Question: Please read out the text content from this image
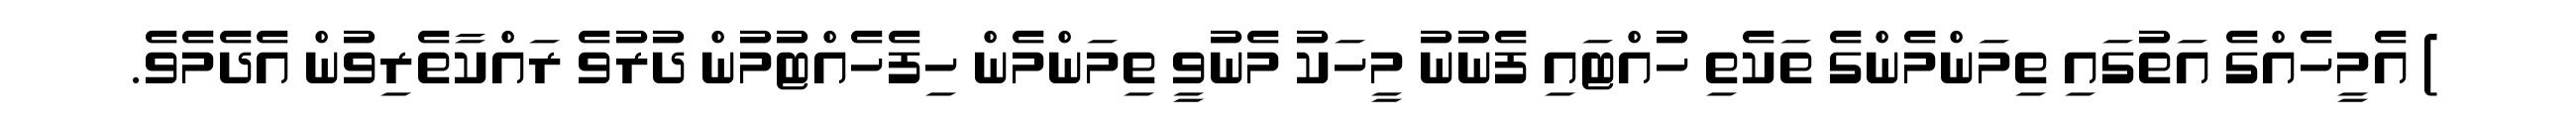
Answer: ) އެމީހެއްގެ އަތުގައި ތިމަންމެންގެ ތަކެތި ހުއްޓައި ފެނުނު މީހަކު މެނުވީ ތިމަންމެން ހިފެހެއްޓުމުން ދުރުވެ ރައްކާތެރިވުން އެދެމެވެ.